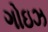
ગોઇઝ